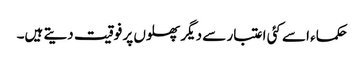
حکماء اسے کئی اعتبار سے دیگر پھلوں پر فوقیت دیتے ہیں۔